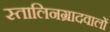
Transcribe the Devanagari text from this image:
स्तालिनग्रादवालों